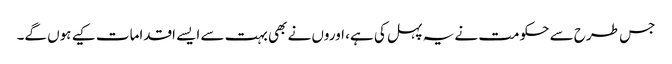
جس طرح سے حکومت نے یہ پہل کی ہے، اوروں نے بھی بہت سے ایسے اقدامات کیے ہوں گے۔